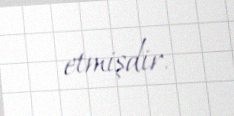
etmişdir.